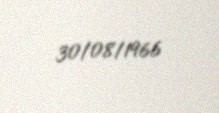
30/08/1966